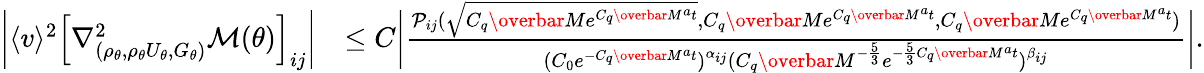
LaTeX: \begin{array}{rl}{\bigg|\langle v\rangle^{2}\left[\nabla_{(\rho_{\theta},\rho_{\theta}U_{\theta},G_{\theta})}^{2}\mathcal{M}(\theta)\right]_{ij}\bigg|}&{\leq C\bigg|\frac{\mathcal{P}_{ij}(\sqrt{C_{q}\overbar{M}e^{C_{q}\overbar{M}^{a}t}},C_{q}\overbar{M}e^{C_{q}\overbar{M}^{a}t},C_{q}\overbar{M}e^{C_{q}\overbar{M}^{a}t})}{(C_{0}e^{-C_{q}\overbar{M}^{a}t})^{\alpha_{ij}}(C_{q}\overbar{M}^{-\frac{5}{3}}e^{-\frac{5}{3}C_{q}\overbar{M}^{a}t})^{\beta_{ij}}}\bigg|.}\end{array}